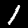
Digit: 1